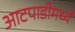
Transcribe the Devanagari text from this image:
आटपाडीमध्ये